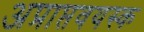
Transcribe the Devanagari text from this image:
अप्राप्तवयस्क